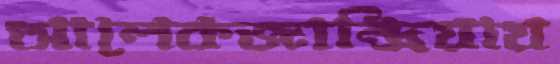
আলেকজান্দ্রিয়ায়